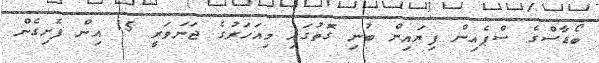
ބޯޑާސްގެ ސްޕެއިން ފިޔައިން ބުނި ގޮތުގައި މިއަހަރުގެ ޖަނަވަރީ 15 އިން ފެށިގެން